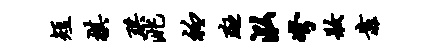
短棋珙洮衽斑泓弩妆靠